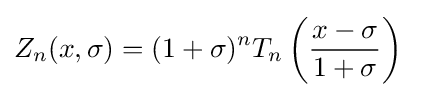
Z_{n}(x,\sigma )=(1+\sigma )^{n}T_{n}\left({\frac {x-\sigma }{1+\sigma }}\right)\